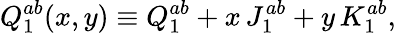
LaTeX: Q_{1}^{ab}(x,y)\equiv Q_{1}^{ab}+x\, J_{1}^{ab}+y\, K_{1}^{ab},